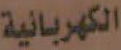
الكهربائية